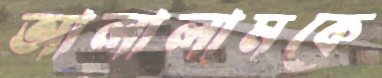
আলালামকে